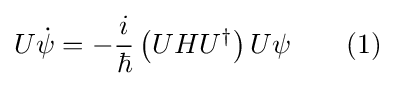
U{\dot {\psi }}=-{\frac {i}{\hbar }}\left(UHU^{\dagger }\right)U\psi \quad \quad (1)